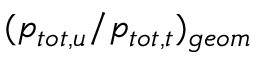
( p _ { t o t , u } / p _ { t o t , t } ) _ { g e o m }